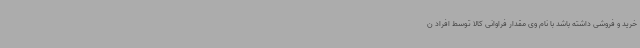
خرید و فروشی داشته باشد با نام وی مقدار فراوانی کالا توسط افراد ن